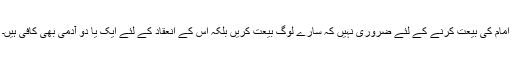
امام کی بیعت کرنے کے لئے ضروری نہیں کہ سارے لوگ بیعت کریں بلکہ اس کے انعقاد کے لئے ایک یا دو آدمی بھی کافی ہیں۔